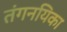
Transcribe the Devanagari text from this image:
तंगनयिका